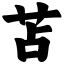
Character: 苫